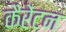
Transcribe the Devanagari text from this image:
कैरेंटन